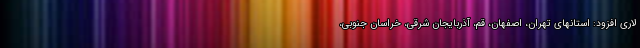
لاری افزود: استانهای تهران، اصفهان، قم، آذربایجان شرقی، خراسان جنوبی،